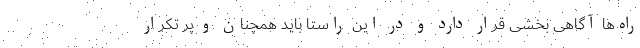
راه‌ها آگاهی بخشی قرار دارد و در این راستا باید همچنان و پر تکرار